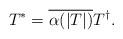
LaTeX: \begin{align*} T^*=\overline{\alpha(|T|)}T^\dagger. \end{align*}